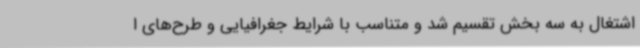
اشتغال به سه بخش تقسیم شد و متناسب با شرایط جغرافیایی و طرح‌های ا